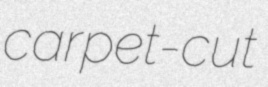
carpet-cut